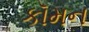
કૉમન